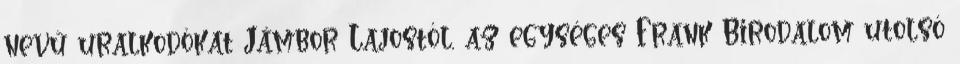
nevű uralkodókat Jámbor Lajostól, az egységes Frank Birodalom utolsó